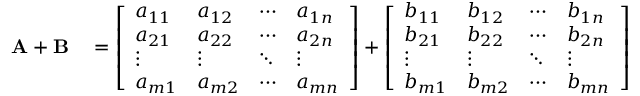
\begin{array} { r l } { \mathbf { A } + \mathbf { B } } & { { } = { \left[ \begin{array} { l l l l } { a _ { 1 1 } } & { a _ { 1 2 } } & { \cdots } & { a _ { 1 n } } \\ { a _ { 2 1 } } & { a _ { 2 2 } } & { \cdots } & { a _ { 2 n } } \\ { \vdots } & { \vdots } & { \ddots } & { \vdots } \\ { a _ { m 1 } } & { a _ { m 2 } } & { \cdots } & { a _ { m n } } \end{array} \right] } + { \left[ \begin{array} { l l l l } { b _ { 1 1 } } & { b _ { 1 2 } } & { \cdots } & { b _ { 1 n } } \\ { b _ { 2 1 } } & { b _ { 2 2 } } & { \cdots } & { b _ { 2 n } } \\ { \vdots } & { \vdots } & { \ddots } & { \vdots } \\ { b _ { m 1 } } & { b _ { m 2 } } & { \cdots } & { b _ { m n } } \end{array} \right] } } \end{array}